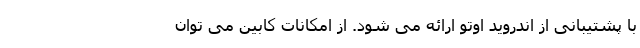
با پشتیبانی از اندروید اوتو ارائه می شود. از امکانات کابین می توان